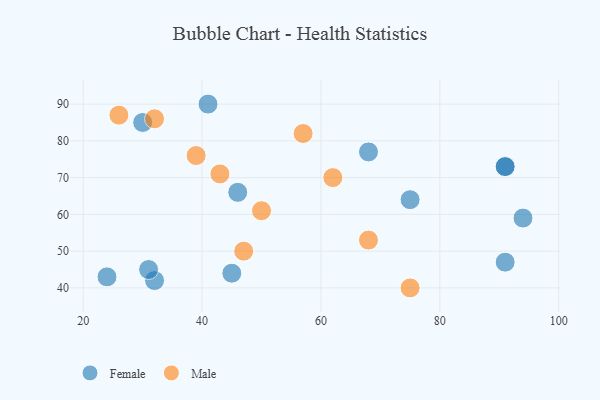
{"axis": {"x": "GDP", "y": "Life Expectancy"}, "legend": ["Female", "Male"], "data": [{"x": "24", "y": 43, "type": "Female"}, {"x": "68", "y": 77, "type": "Female"}, {"x": "32", "y": 42, "type": "Female"}, {"x": "31", "y": 45, "type": "Female"}, {"x": "91", "y": 47, "type": "Female"}, {"x": "91", "y": 73, "type": "Female"}, {"x": "41", "y": 90, "type": "Female"}, {"x": "45", "y": 44, "type": "Female"}, {"x": "91", "y": 73, "type": "Female"}, {"x": "75", "y": 64, "type": "Female"}, {"x": "46", "y": 66, "type": "Female"}, {"x": "94", "y": 59, "type": "Female"}, {"x": "30", "y": 85, "type": "Female"}, {"x": "50", "y": 61, "type": "Male"}, {"x": "32", "y": 86, "type": "Male"}, {"x": "47", "y": 50, "type": "Male"}, {"x": "43", "y": 71, "type": "Male"}, {"x": "39", "y": 76, "type": "Male"}, {"x": "26", "y": 87, "type": "Male"}, {"x": "62", "y": 70, "type": "Male"}, {"x": "57", "y": 82, "type": "Male"}, {"x": "68", "y": 53, "type": "Male"}, {"x": "75", "y": 40, "type": "Male"}]}